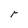
Character: r